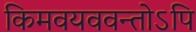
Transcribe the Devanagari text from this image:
किमवयववन्तोऽपि